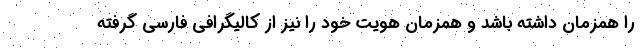
را همزمان داشته باشد و همزمان هویت خود را نیز از کالیگرافی فارسی گرفته